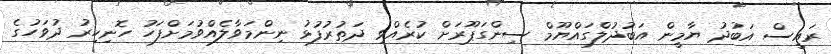
ރައީސް އަބުދު ޔާމީން އަބުދުލްގައްޔޫމް ސިންގަޕޫރަށް ކުރެއްވި ދަތުރުފުޅު ނިންމަވާލެއްވުމަށްފަހު ހޮނިހިރު ދުވަހުގެ